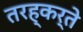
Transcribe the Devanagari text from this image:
तरह्कर्ते